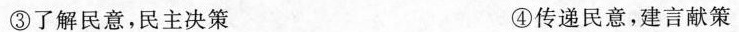
③了解民意，民主决策 ④传递民意，建言献策